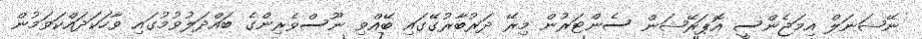
ނޭޝަނަލް އިމަޖެންސީ އޮޕަރޭޝަން ސެންޓަރުން މިރޭ ދަރުބާރުގޭގައި ބޭއްވި ނޫސްވެރިންގެ ބައްދަލުވުމުގައި ވާހަކަދައްކަވަމުން